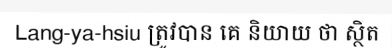
Lang-ya-hsiu ត្រូវបាន គេ និយាយ ថា ស្ថិត